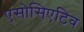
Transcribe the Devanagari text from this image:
एसोसिएटिव